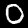
Digit: 0